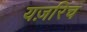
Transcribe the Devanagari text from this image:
यज़रिच